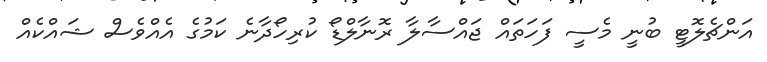
އަންޗެލޮޓީ ބުނީ މެސީ ފަހަތައް ޖައްސާލާ ރޮނާލްޑޯ ކުރިހޯދާނެ ކަމުގެ އެއްވެސް ޝައްކެއް